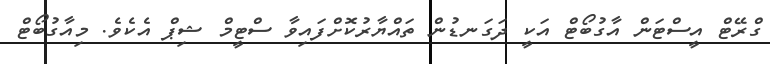
ގްރޭޓް އީސްޓަން އާގުބޯޓް އަކީ ދަގަނޑުން ތައްޔާރުކޮށްފައިވާ ސްޓީމް ޝިޕް އެކެވެ. މިއާގުބޯޓް